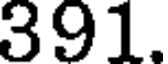
391.